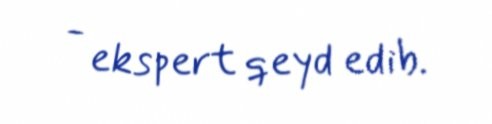
- ekspert qeyd edib.